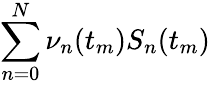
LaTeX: \sum_{n=0}^{N}\nu_{n}(t_{m})S_{n}(t_{m})